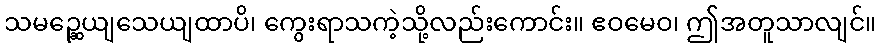
သမဉ္ဆေယျသေယျထာပိ၊ ကွေးရာသကဲ့သို့လည်းကောင်း။ ဧဝမေဝ၊ ဤအတူသာလျင်။